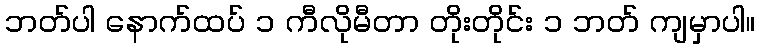
ဘတ်ပါ နောက်ထပ် ၁ ကီလိုမီတာ တိုးတိုင်း ၁ ဘတ် ကျမှာပါ။